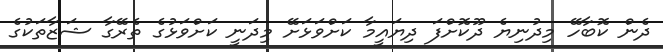
ދެން ކޮބާހޭ މިދުނިޔެ ދޫކޮށްފަ ދިޔައީމާ ކަށްވަޅަށޭ މިދަނީ ކަށްވަޅުގެ ތެރޭގާ ޝަޒާތަކުގެ